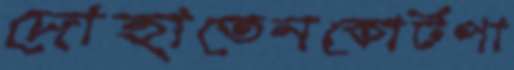
দোহাতেনকোর্টপা